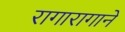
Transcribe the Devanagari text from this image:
रागारागाने